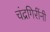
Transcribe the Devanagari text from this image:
चंद्रगिरींनी